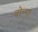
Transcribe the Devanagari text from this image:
बोन्‍गा